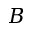
B